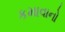
કમાવાનો